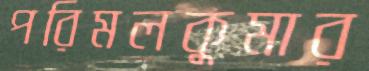
পরিমলকুমার